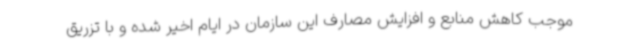
موجب کاهش منابع و افزایش مصارف این سازمان در ایام اخیر شده و با تزریق